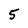
Character: 5